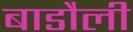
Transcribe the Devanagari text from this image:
बाडौली